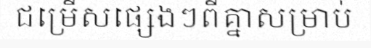
ជម្រើសផ្សេងៗពីគ្នាសម្រាប់